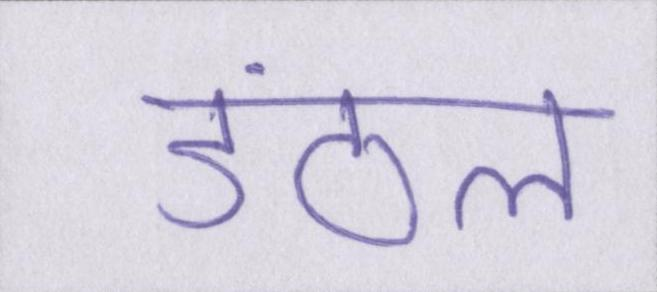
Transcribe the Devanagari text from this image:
डंठल